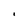
Character: i